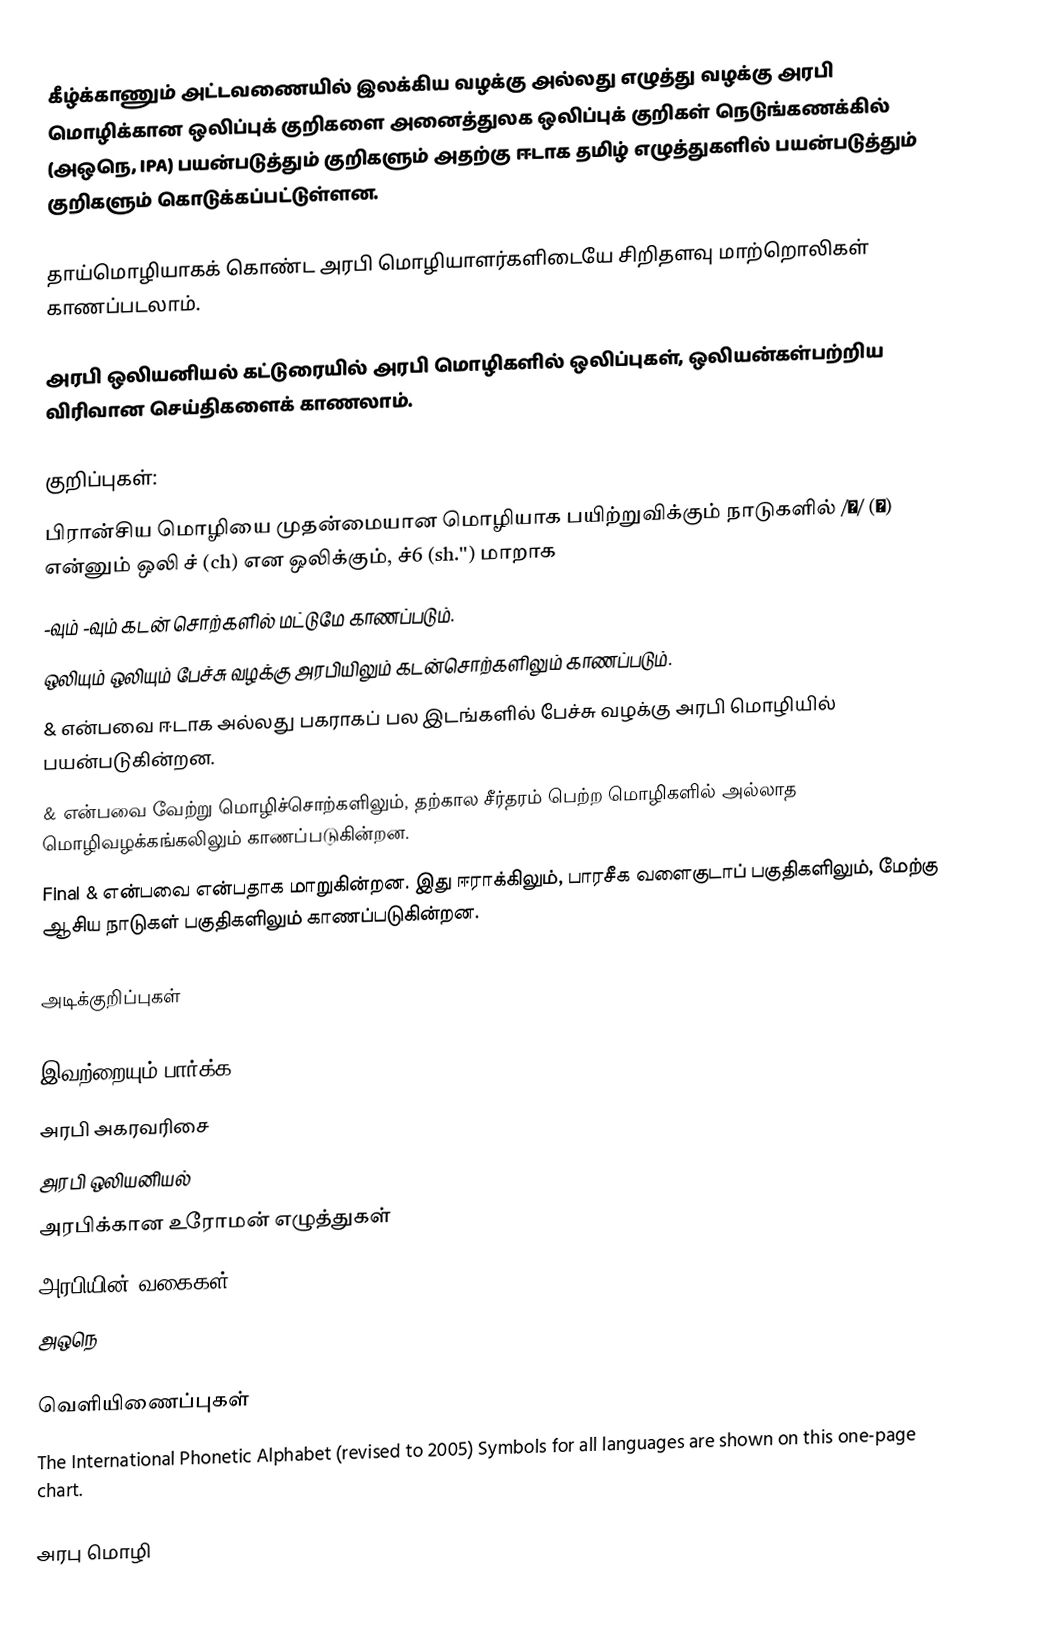
கீழ்க்காணும் அட்டவணையில் இலக்கிய வழக்கு அல்லது எழுத்து வழக்கு அரபி மொழிக்கான ஒலிப்புக் குறிகளை அனைத்துலக ஒலிப்புக் குறிகள் நெடுங்கணக்கில் (அஒநெ, IPA) பயன்படுத்தும் குறிகளும் அதற்கு ஈடாக தமிழ் எழுத்துகளில் பயன்படுத்தும் குறிகளும் கொடுக்கப்பட்டுள்ளன.

தாய்மொழியாகக் கொண்ட அரபி மொழியாளர்களிடையே சிறிதளவு மாற்றொலிகள் காணப்படலாம்.

அரபி ஒலியனியல் கட்டுரையில் அரபி மொழிகளில் ஒலிப்புகள், ஒலியன்கள்பற்றிய விரிவான செய்திகளைக் காணலாம்.

குறிப்புகள்:
 பிரான்சிய மொழியை முதன்மையான மொழியாக பயிற்றுவிக்கும் நாடுகளில் /ʃ/ (ش) என்னும் ஒலி  ச் (ch) என ஒலிக்கும், ச்6 (sh.'') மாறாக
  -வும்  -வும் கடன் சொற்களில் மட்டுமே காணப்படும்.
  ஒலியும்  ஒலியும்  பேச்சு வழக்கு அரபியிலும் கடன்சொற்களிலும் காணப்படும்.
  &  என்பவை  ஈடாக அல்லது பகராகப் பல இடங்களில் பேச்சு வழக்கு அரபி மொழியில் பயன்படுகின்றன.
  &  என்பவை வேற்று மொழிச்சொற்களிலும், தற்கால சீர்தரம் பெற்ற மொழிகளில் அல்லாத மொழிவழக்கங்கலிலும் காணப்படுகின்றன.
 Final  &  என்பவை  என்பதாக மாறுகின்றன. இது ஈராக்கிலும், பாரசீக வளைகுடாப் பகுதிகளிலும், மேற்கு ஆசிய நாடுகள் பகுதிகளிலும் காணப்படுகின்றன.

அடிக்குறிப்புகள்

இவற்றையும் பார்க்க
 அரபி அகரவரிசை
 அரபி ஒலியனியல்
 அரபிக்கான உரோமன் எழுத்துகள்
 அரபியின் வகைகள்
 அஒநெ

வெளியிணைப்புகள்
The International Phonetic Alphabet (revised to 2005)  Symbols for all languages are shown on this one-page chart.

அரபு மொழி